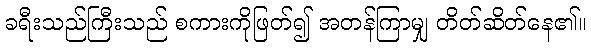
ခရီးသည်ကြီးသည် စကားကိုဖြတ်၍ အတန်ကြာမျှ တိတ်ဆိတ်နေ၏။